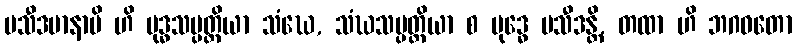
ပသီဒမာနာပိ ဟိ ဗုဒ္ဓသမ္ပတ္တိယာ သံဃေ, သံဃသမ္ပတ္တိယာ စ ဗုဒ္ဓေ ပသီဒန္တိ, တထာ ဟိ ဘဂဝတော